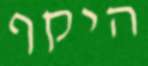
היקף